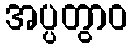
အပ္ပတွာဝ